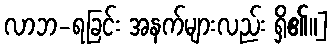
လာဘ-ရခြင်း အနက်များလည်း ရှိ၏။]